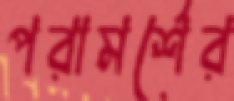
পরামর্শের